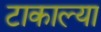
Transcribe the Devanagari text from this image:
टाकाल्या